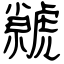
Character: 虩